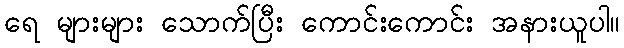
ရေ များများ သောက်ပြီး ကောင်းကောင်း အနားယူပါ။